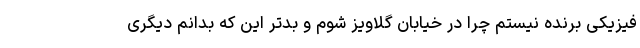
فیزیکی برنده نیستم چرا در خیابان گلاویز شوم و بدتر این که بدانم دیگری